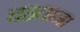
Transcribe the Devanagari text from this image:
चहताना